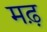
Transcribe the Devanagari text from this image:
मढ़़